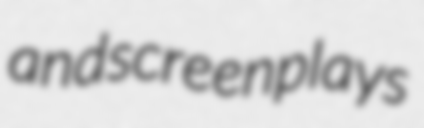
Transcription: and screenplays